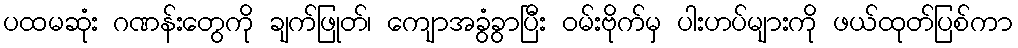
ပထမဆုံး ဂဏန်းတွေကို ချက်ဖြုတ်၊ ကျောအခွံခွာပြီး ဝမ်းဗိုက်မှ ပါးဟပ်များကို ဖယ်ထုတ်ပြစ်ကာ